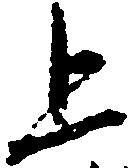
上